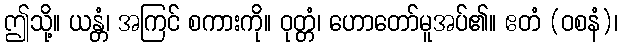
ဤသို့။ ယန္တံ၊ အကြင် စကားကို။ ဝုတ္တံ၊ ဟောတော်မူအပ်၏။ ဧတံ (ဝစနံ)၊